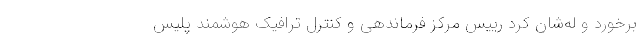
برخورد و له‌شان کرد رییس مرکز فرماندهی و کنترل ترافیک هوشمند پلیس